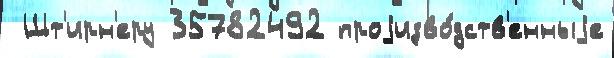
 Шт'ирн'еру 35782492 проjизво́дств'енныjе